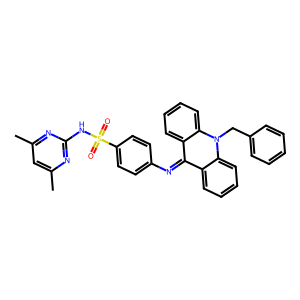
SMILES: Cc1cc(C)nc(NS(=O)(=O)c2ccc(N=c3c4ccccc4n(Cc4ccccc4)c4ccccc34)cc2)n1
Inhibits HIV replication: No